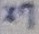
Text: X7